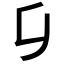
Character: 𠂎